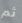
ثم